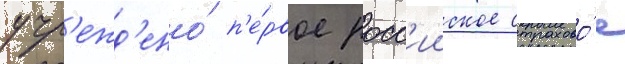
учр'ежд'ено́ п'е́рвое росс'ииское страхово́е